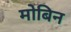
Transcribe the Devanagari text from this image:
मोबिन